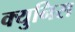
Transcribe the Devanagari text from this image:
क्युनिस